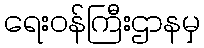
ရေးဝန်ကြီးဌာနမှ